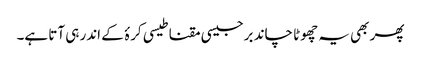
پھر بھی یہ چھوٹا چاند برجیسی مقناطیسی کرۂ کے اندر ہی آتا ہے۔